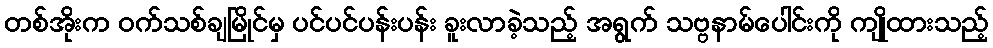
တစ်အိုးက ဝက်သစ်ချမြိုင်မှ ပင်ပင်ပန်းပန်း ခူးလာခဲ့သည့် အရွက် သဗ္ဗနာမ်ပေါင်းကို ကျိုထားသည့်